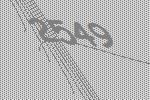
2549